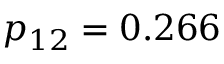
p _ { 1 2 } = 0 . 2 6 6